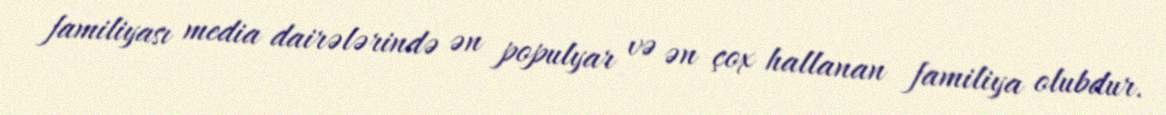
familiyası media dairələrində ən populyar və ən çox hallanan familiya olubdur.